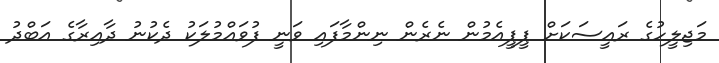
މަޖިލީހުގެ ރައީސަކަށް ޕީޕީއެމުން ނެރެން ނިންމާފައި ވަނީ ފުވައްމުލަކު ދެކުނު ދާއިރާގެ އަބްދު